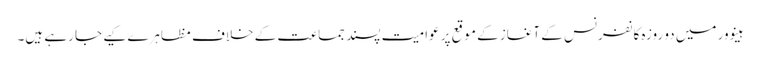
ہینوور میں دو روزہ کانفرنس کے آغاز کے موقع پر عوامیت پسند جماعت کے خلاف مظاہرے کیے جا رہے ہیں۔